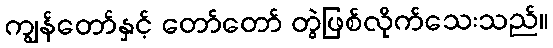
ကျွန်တော်နှင့် တော်တော် တွဲဖြစ်လိုက်သေးသည်။